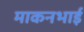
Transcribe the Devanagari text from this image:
माकनभाई